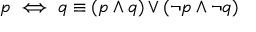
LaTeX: p \iff q \equiv ( p \wedge q ) \vee ( \neg p \wedge \neg q )